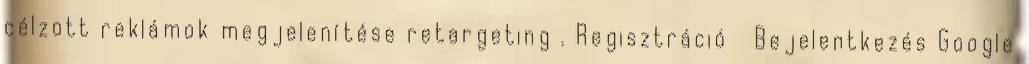
célzott reklámok megjelenítése retargeting . Regisztráció Bejelentkezés Google